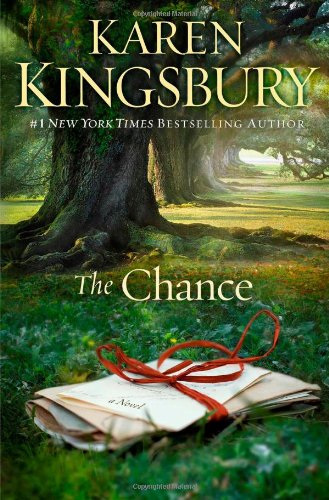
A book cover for The Chance: A Novel; Karen Kingsbury; Romance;